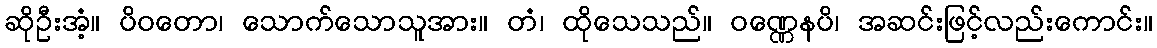
ဆိုဦးအံ့။ ပိဝတော၊ သောက်သောသူအား။ တံ၊ ထိုသေသည်။ ဝဏ္ဏေနပိ၊ အဆင်းဖြင့်လည်းကောင်း။